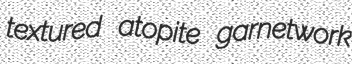
textured atopite garnetwork